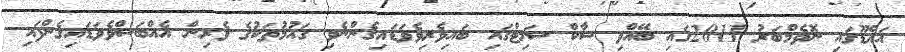
އައްޑޫގައި ނޮވެމްބަރު 2011ގައި ބޭއްވި ސާކް ސަމިޓްގައި ބައިވެރިވެވަޑައިގެންނެވި ގައުމުތަކުގެ ވެރިން އެއްބަސްވެވަޑައިގެންފައި